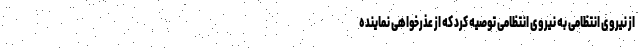
از نیروی انتظامی به نیروی انتظامی توصیه کرد که از عذرخواهی نماینده